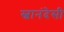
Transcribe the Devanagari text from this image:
स्वानंदेसी